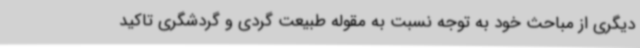
دیگری از مباحث خود به توجه نسبت به مقوله طبیعت گردی و گردشگری تاکید